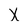
Character: X